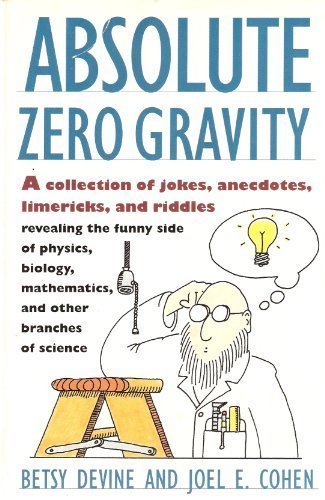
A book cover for Absolute Zero Gravity: Science Jokes, Quotes and Anecdotes; Betsy Devine; Humor & Entertainment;